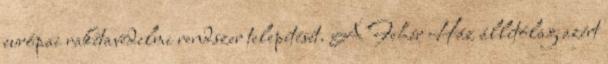
európai rakétavédelmi rendszer telepítését. A Fehér Ház állítólag azért